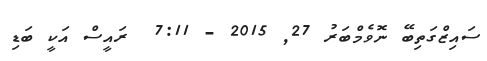
ސައިޒްގަތިބޭ ނޮވެމްބަރު 27